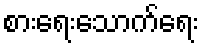
စားရေးသောက်ရေး